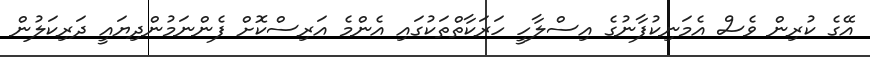
އޭގެ ކުރިން ވެސް އެމަނިކުފާނުގެ އިސްލާހީ ހަރަކާތްތަކުގައި އެންމެ އަރިސްކޮށް ފެންނަމުންދިޔައީ ދަރިކަލުން